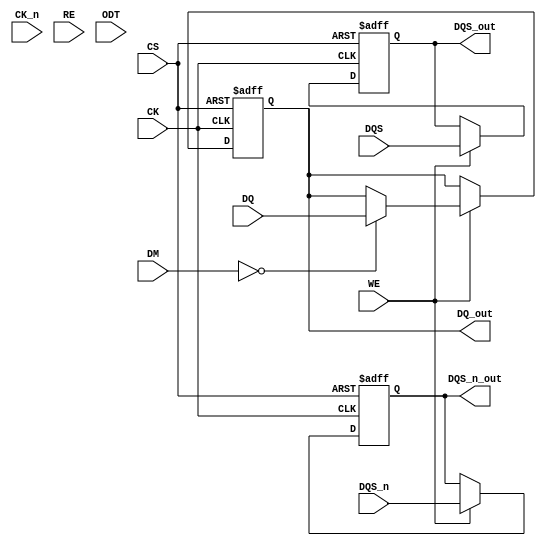
module ddr5_io_block (
    input wire [63:0] DQ,         // Data lines (64-bit wide)
    input wire [7:0] DM,          // Data mask signals (8-bit wide)
    input wire DQS,               // Data strobe signal
    input wire DQS_n,             // Inverted data strobe signal
    input wire CK,                // Clock signal
    input wire CK_n,              // Inverted clock signal
    input wire CS,                // Chip select
    input wire WE,                // Write enable
    input wire RE,                // Read enable
    input wire ODT,               // On-die termination
    output reg [63:0] DQ_out,     // Output data lines
    output reg DQS_out,           // Output data strobe signal
    output reg DQS_n_out          // Output inverted data strobe signal
);

// Internal signals for data alignment and calibration
reg [63:0] data_buffer;
reg dqs_edge;
reg [1:0] term_mode; // Termination modes

// Power management signals
reg power_enable;

// Clocking and data transfer
always @(posedge CK or negedge CS) begin
    if (!CS) begin
        // Chip select inactive, reset outputs
        DQ_out <= 64'b0;
        DQS_out <= 1'b0;
        DQS_n_out <= 1'b1;
    end else begin
        // Handle write operations
        if (WE) begin
            DQ_out <= (DM == 8'b0) ? DQ : DQ_out; // Masking logic
            DQS_out <= DQS; // Output DQS
            DQS_n_out <= DQS_n; // Output inverted DQS
        end
        
        // Handle read operations
        if (RE) begin
            // Read logic here (e.g., driving DQ based on internal memory)
        end
    end
end

// Differential signaling handling
always @(posedge CK) begin
    // Handle differential signaling and data alignment
    dqs_edge <= DQS; // Example of capturing DQS edge
    // Implement additional logic for calibration, alignment, etc.
end

// Power management and termination control
always @(ODT) begin
    case (ODT)
        1'b0: term_mode <= 2'b00; // No termination
        1'b1: term_mode <= 2'b01; // Termination enabled
        // Add additional termination modes as necessary
        default: term_mode <= 2'b00;
    endcase
end

endmodule